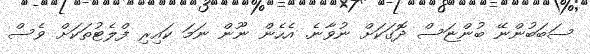
ސަބަބުންނޭ ބުންޏަސް ދޮގަކަށް ނުވާނެ. އެހެން ނޫން ނަމަ ކައިރި ފްލެޓުތަކަށް ވެސް